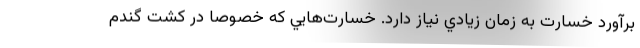
برآورد خسارت به زمان زيادي نياز دارد. خسارت‌هايي كه خصوصا در كشت گندم